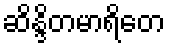
ဆိန္ဒိတမာရိတေ